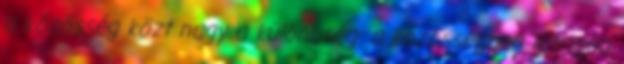
a közösség közt nagy a különbség: a közösségben létrejön